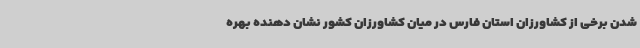
شدن برخی از کشاورزان استان فارس در میان کشاورزان کشور نشان دهنده بهره